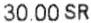
30.00 SR